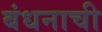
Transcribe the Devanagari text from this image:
बंधनाची